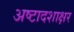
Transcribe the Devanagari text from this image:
अष्टादशाक्षर